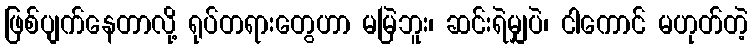
ဖြစ်ပျက်နေတာလို့ ရုပ်တရားတွေဟာ မမြဲဘူး၊ ဆင်းရဲမျှပဲ၊ ငါကောင် မဟုတ်တဲ့